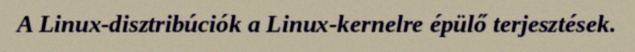
A Linux-disztribúciók a Linux-kernelre épülő terjesztések.